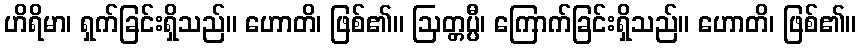
ဟိရိမာ၊ ရှက်ခြင်းရှိသည်။ ဟောတိ၊ ဖြစ်၏။ ဩတ္တပ္ပီ၊ ကြောက်ခြင်းရှိသည်။ ဟောတိ၊ ဖြစ်၏။